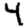
Digit: 4